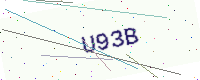
Text: U93B